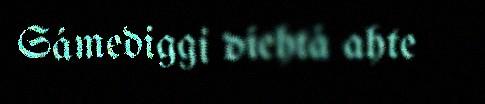
Sámediggi diehtá ahte